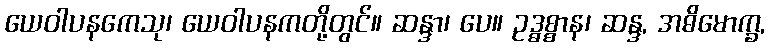
ယေဝါပနကေသု၊ ယေဝါပနကတို့တွင်။ ဆန္ဒာ၊ ပေ။ ဥဒ္ဓစ္စာန၊ ဆန္ဒ, အဓိမောက္ခ,